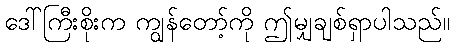
ဒေါ်ကြီးစိုးက ကျွန်တော့်ကို ဤမျှချစ်ရှာပါသည်။